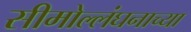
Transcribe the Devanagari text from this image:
सीमोल्लंघनाच्या